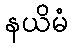
နယိမံ